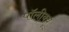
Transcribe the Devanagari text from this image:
पॉलीक्यू